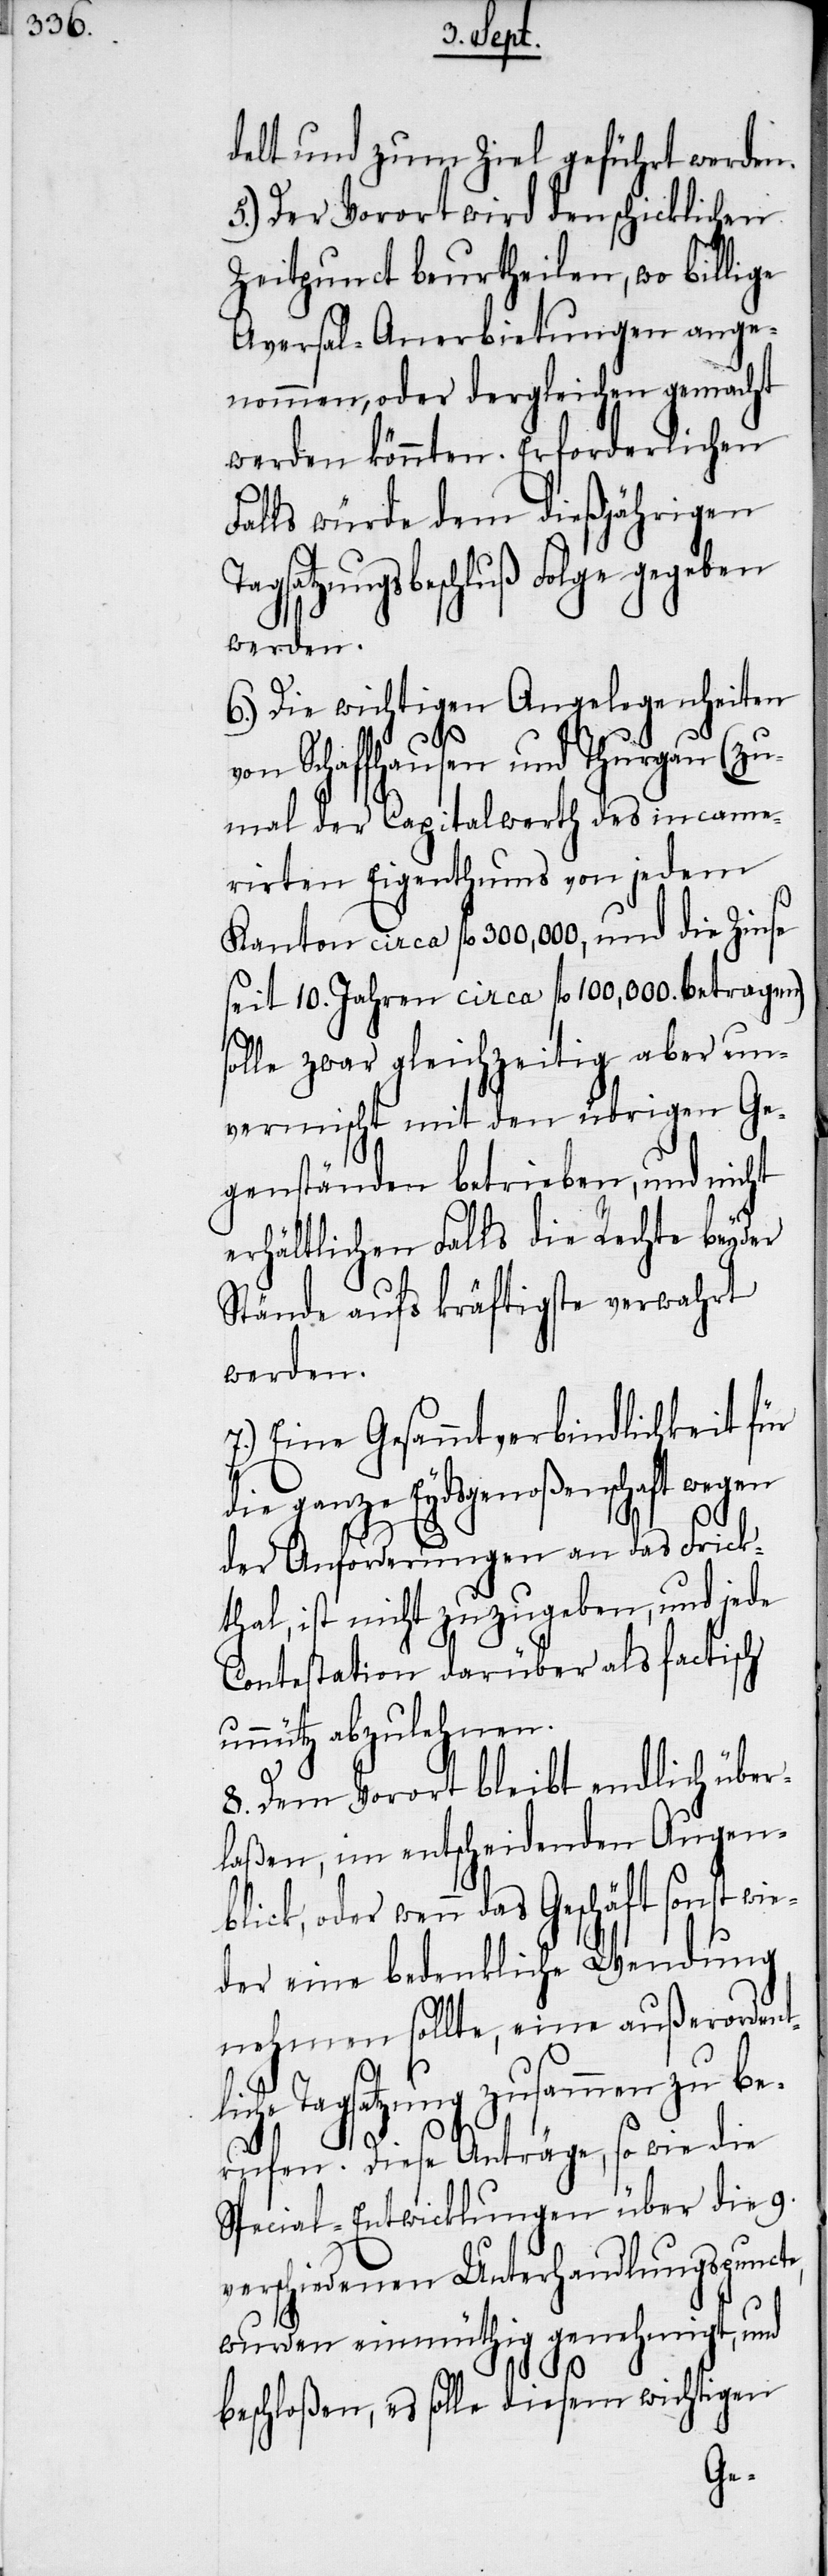
delt und zum Ziel geführt werden.
5.) Der Vorort wird den schicklichen
Zeitpunct beurtheilen, wo billige
Aversal-Anerbietungen ange¬
nommen, oder dergleichen gemacht
werden könnten. Erforderlichen
Falls würde dem dießjährigen
gsatzungsbeschluß Folge gegeben
werden.
6.) Die wichtigen Angelegenheiten
on Schaffhausen und Thurgau (zu¬
mal der Capitalwerth des incame¬
rirten Eigenthums von jedem
Kanton circa fl 300,000, und die Zinse
seit 10. Jahren circa fl 100,000. betragen)
solle zwar gleichzeitig aber un¬
vermischt mit den übrigen Ge¬
genständen betrieben, und nicht
erhältlichen Falls die Rechte beyder
Stände aufs kräftigste verwahrt
werden.
7.) Eine Gesammtverbindlichkeit für
die ganze Eydsgenoßenschaft wegen
der Anforderungen an das Frick¬
thal, ist nicht zuzugeben, und jede
Contestation darüber als factisch
unnütz abzulehnen.
8. Dem Vorort bleibt endlich übe¬
rlaßen, im entscheidenden Augen¬
blick, oder wenn das Geschäft sonst wi¬
eder eine bedenkliche Wendung
nehmen sollte, eine außerordent¬
liche Tagsatzung zusammen zu be¬
rufen. Diese Anträge, so wie die
Special-Entwicklungen über die 9.
verschiedenen Unterhandlungspuncte,
wurden einmüthig genehmigt, und
beschloßen, es solle diesem wichtigen
v¬